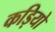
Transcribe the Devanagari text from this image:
कड़ियो